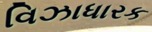
વિઝાધારક